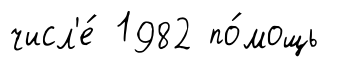
числ'е́ 1982 по́мощь